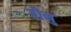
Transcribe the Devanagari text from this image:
बीनु